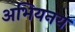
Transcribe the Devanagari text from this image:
अभियनय